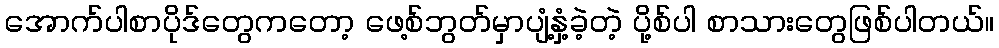
အောက်ပါစာပိုဒ်တွေကတော့ ဖေ့စ်ဘွတ်မှာပျံ့နှံ့ခဲ့တဲ့ ပို့စ်ပါ စာသားတွေဖြစ်ပါတယ်။